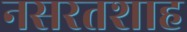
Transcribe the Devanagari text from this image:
नसरतशाह